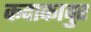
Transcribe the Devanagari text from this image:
कदाकावुर